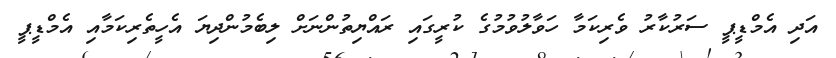
އަދި އެމްޑީޕީ ސަރުކާރު ވެރިކަމާ ހަވާލުވުމުގެ ކުރީގައި ރައްޔިތުންނަށް ލިބެމުންދިޔަ އެހީތެރިކަމާއި އެމްޑީޕީ